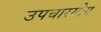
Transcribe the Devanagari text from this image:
उपचारयोग